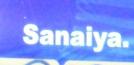
sanaiya.